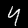
Label: 4